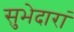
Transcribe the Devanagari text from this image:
सुभेदारां